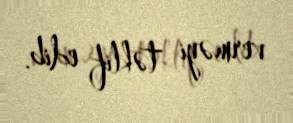
verməyi təklif edib.